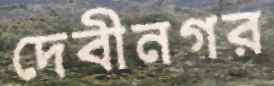
দেবীনগর